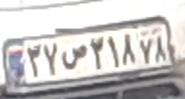
۲۷ص۲۱۸۷۸